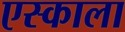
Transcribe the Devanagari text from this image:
एस्काला